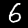
Digit: 6